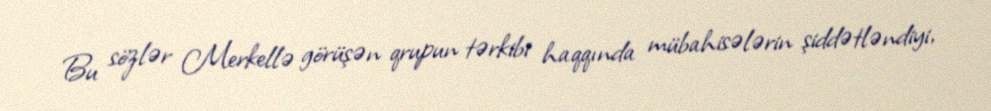
Bu sözlər Merkellə görüşən qrupun tərkibi haqqında mübahisələrin şiddətləndiyi,